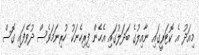
މިއަދު އެ ކޮޓަރީގައި ނާއިލުގެ ބަދަލުގައި އެހެން ފިރިހެނަކު ހުރިނަމަވެސް ދުވެފައި ގޮސް